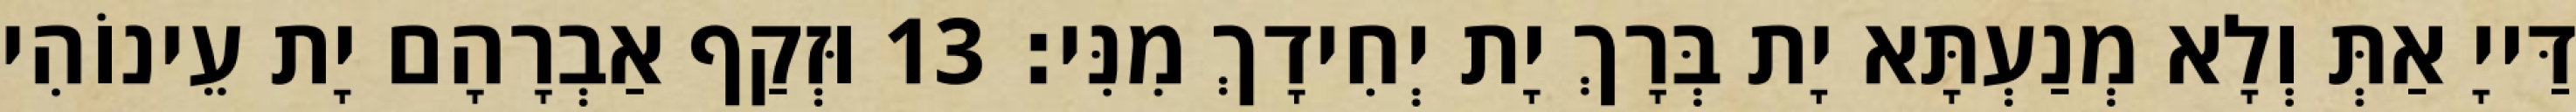
דַּייָ אַתְּ וְלָא מְנַעְתָּא יָת בְּרָךְ יָת יְחִידָךְ מִנִּי׃ 13 וּזְקַף אַבְרָהָם יָת עֵינוֹהִי